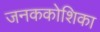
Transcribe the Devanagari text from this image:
जनककोशिका